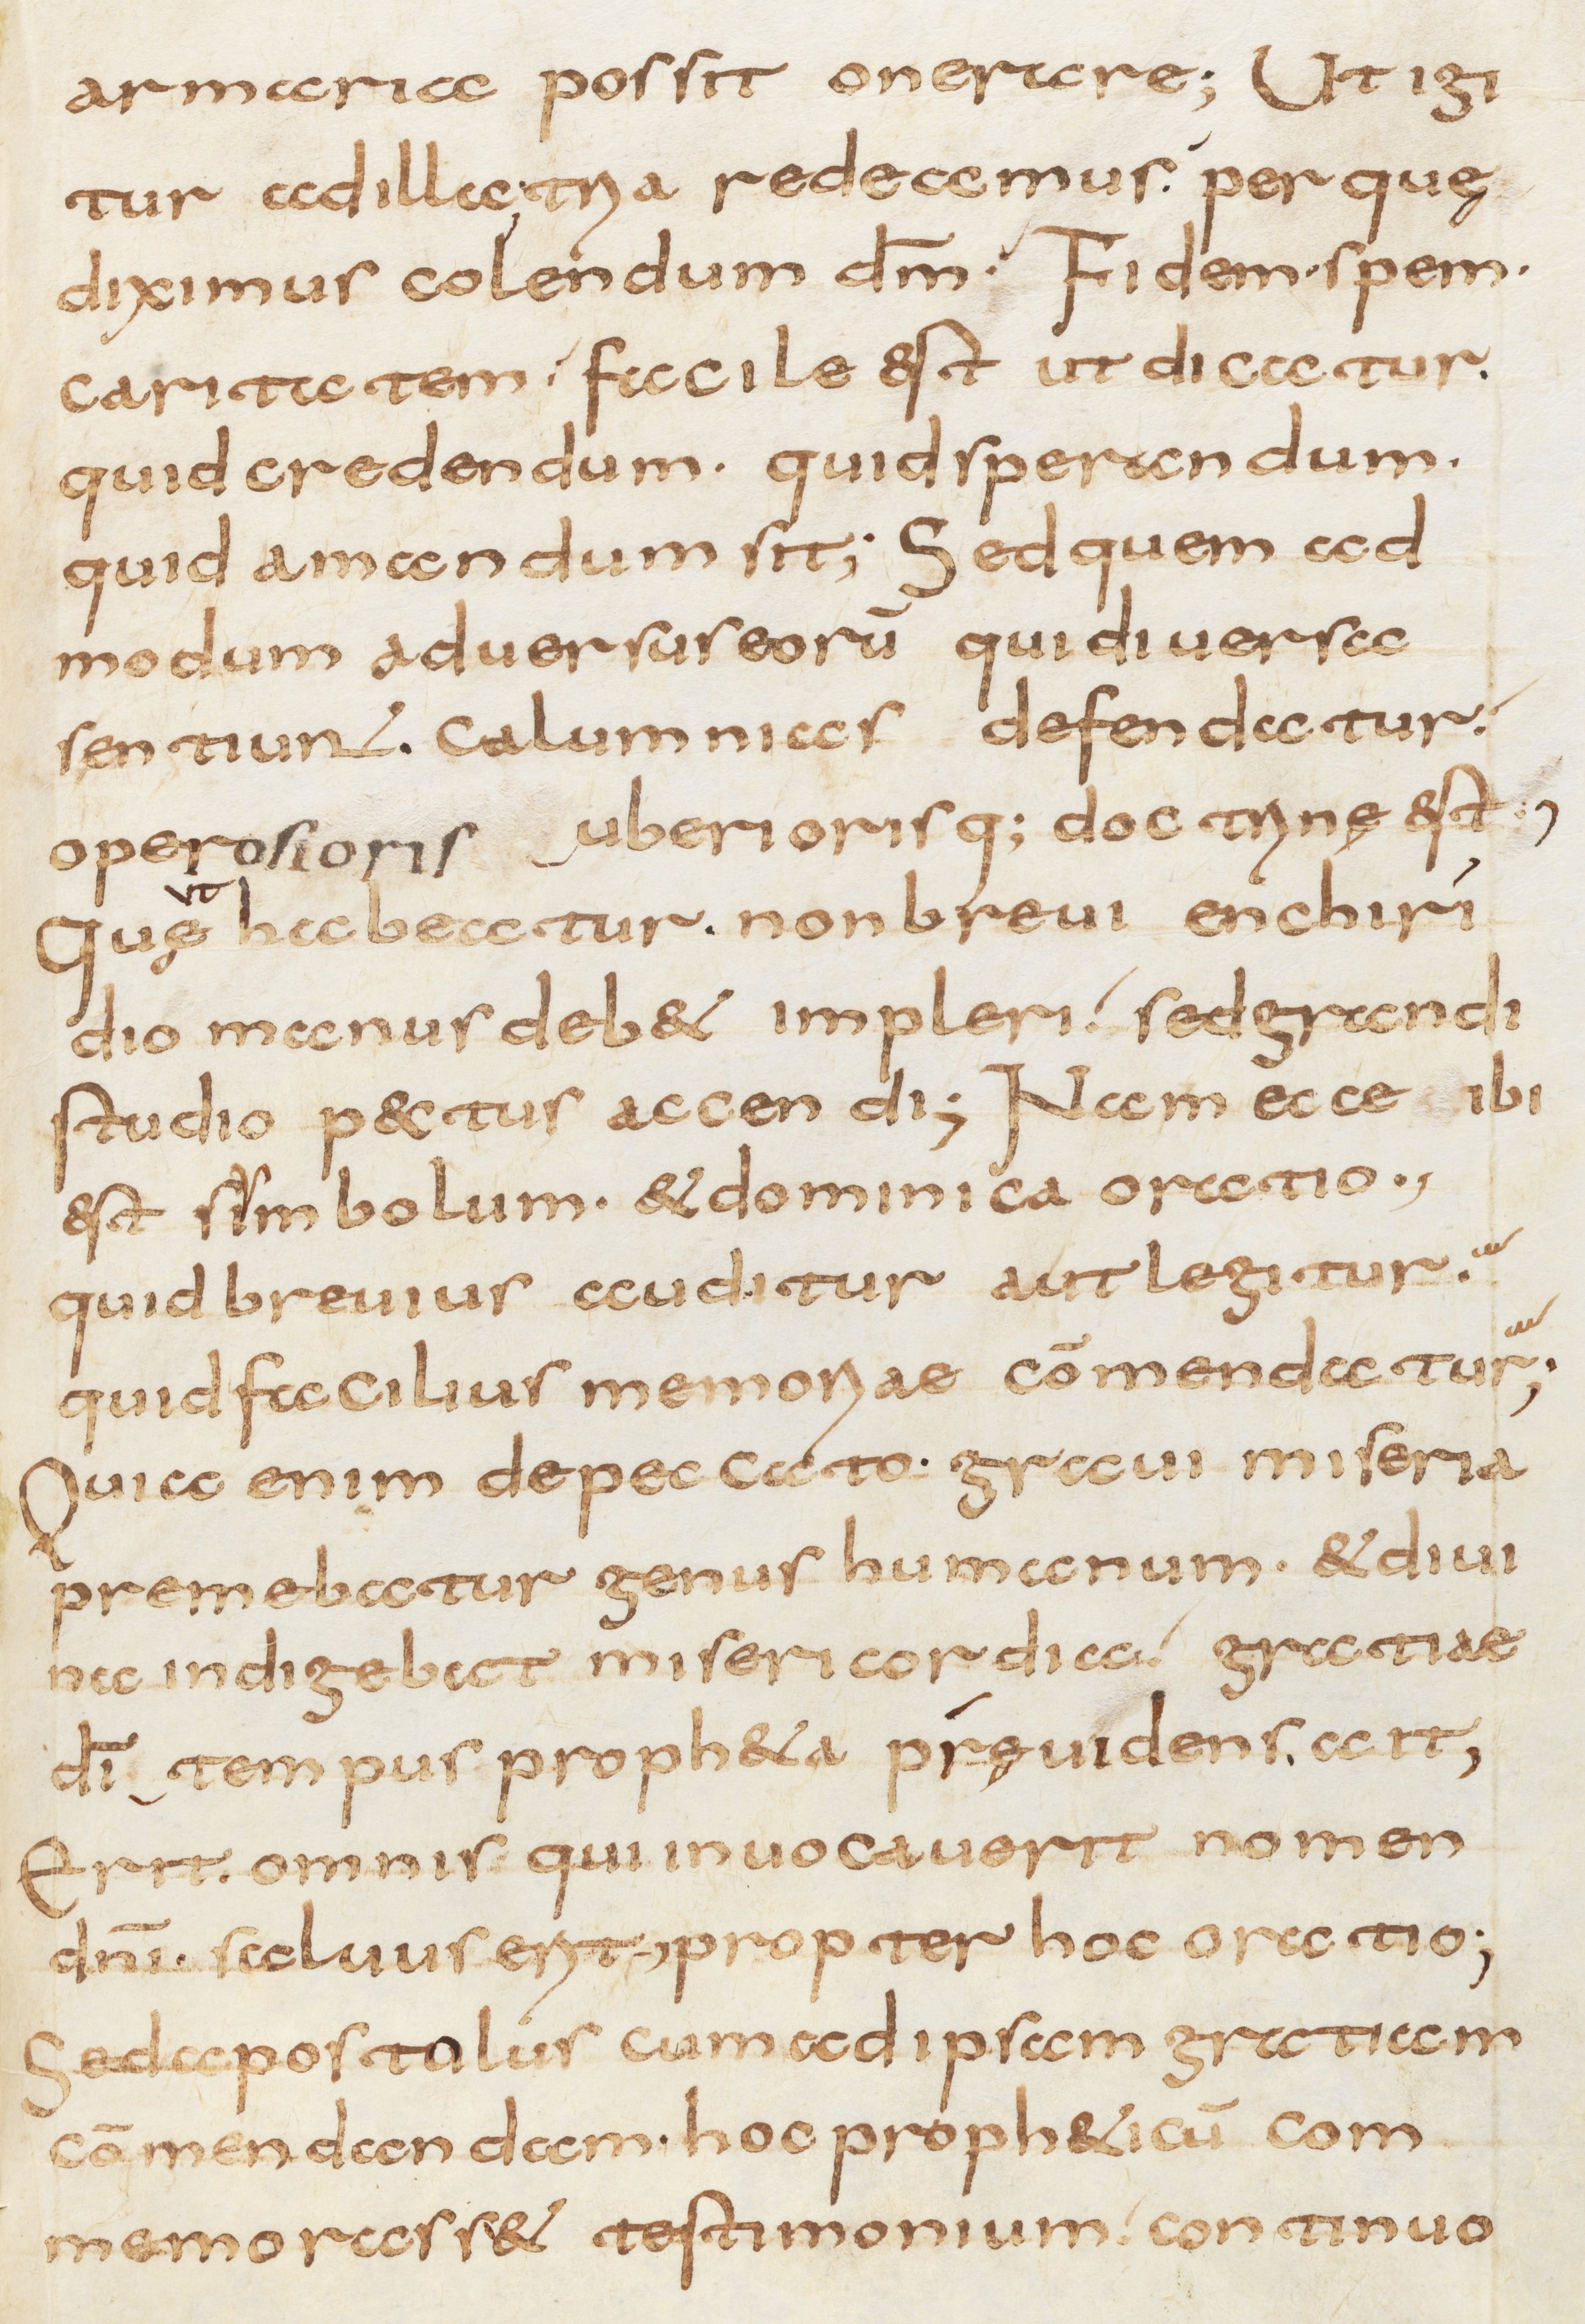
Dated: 800–1299